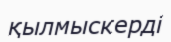
қылмыскерді